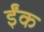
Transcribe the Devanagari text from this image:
ईंक